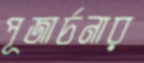
পূজার্চনার